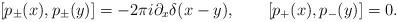
LaTeX: \begin{align*}[ p_\pm(x), p_\pm(y) ] = - 2\pi i \partial_x \delta(x-y),\qquad [ p_+(x), p_-(y) ] = 0.\end{align*}